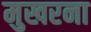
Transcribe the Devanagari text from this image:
मुखरना